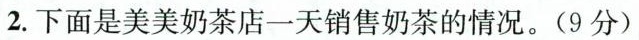
2.下面是美美奶茶店一天销售奶茶的情况。(9分)